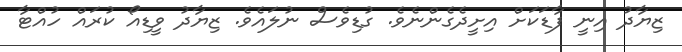
ޒިޔާދު އިނީ ފާޑަކަށް އިށީދެގެންނެވެ. ގުޑިވެސް ނުލައެވެ. ޒިޔާދު ވީޑިއޯ ކުރައް ހުއްޓާ